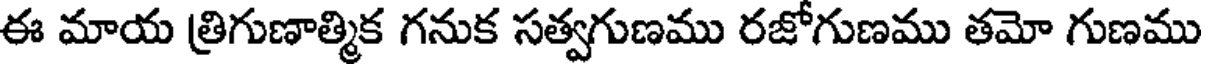
ఈ మాయ త్రిగుణాత్మిక గనుక సత్వగుణము రజోగుణము తమో గుణము